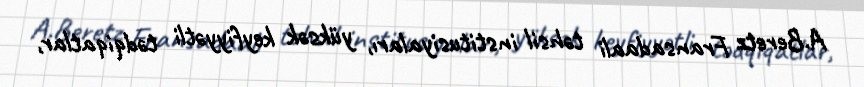
A.Beretz Fransadaali təhsil institusiyaları, yüksək keyfiyyətli tədqiqatlar,